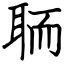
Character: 聏